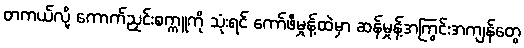
တကယ်လို့ ကောက်ညှင်းစက္ကူကို သုံးရင် ကော်ဖီမှုန့်ထဲမှာ ဆန်မှုန့်အကြွင်းအကျန်တွေ